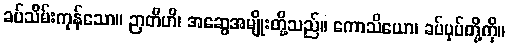
ခပ်သိမ်းကုန်သော။ ဉာတီဟိ၊ အဆွေအမျိုးတို့သည်။ ကောသိယော၊ ခပ်ပုပ်တို့ကို။